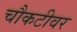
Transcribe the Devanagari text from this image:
चौकटीवर